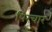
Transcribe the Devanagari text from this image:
पिरचार